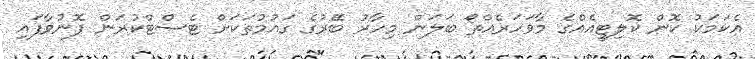
އެކަމަކު ކޮން ކޮލިޓީއެއްގެ މާވަހަރެއްތޯ ބަލަން މިހާރު ބޭރުގެ ގައުމުތަކަށް ޓެސްޓްކުރަން ފޮނުވާފައި